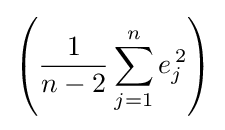
\left({\frac {1}{n-2}}\sum _{j=1}^{n}e_{j}^{\,2}\right)